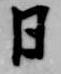
日